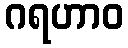
ဂရဟာဝ